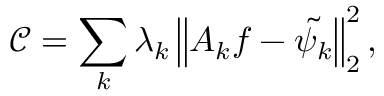
\mathcal { C } = \sum _ { k } \lambda _ { k } \left\Vert \boldsymbol { A } _ { k } f - \tilde { \psi _ { k } } \right\Vert _ { 2 } ^ { 2 } ,